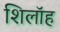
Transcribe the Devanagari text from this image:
शिलॉह